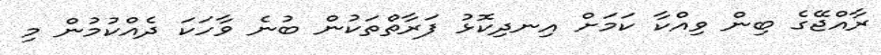
ރާއްޖޭގެ ބިން ވިއްކާ ކަމަށް އިނދިކޮޅު ފަރާތްތަކުން ބުނެ ވާހަކަ ދެއްކުުމުން މި